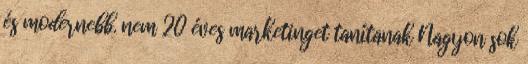
és modernebb. nem 20 éves marketinget tanítanak Nagyon sok